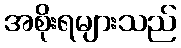
အစိုးရများသည်